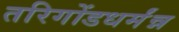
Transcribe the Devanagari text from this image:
तरिगोंडधर्मंन्न